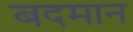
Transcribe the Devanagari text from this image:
बदमान